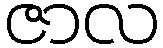
ဇာလ